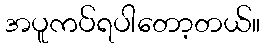
အပူကပ်ရပါတော့တယ်။